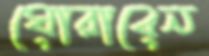
ঘোরাবেন